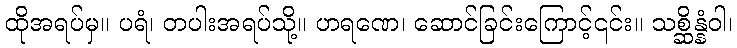
ထိုအရပ်မှ။ ပရံ၊ တပါးအရပ်သို့။ ဟရဏေ၊ ဆောင်ခြင်းကြောင့်၎င်း။ သစ္ဆိန္နံဝါ၊